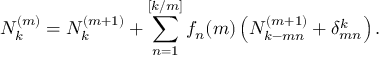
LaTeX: N _ { k } ^ { ( m ) } = N _ { k } ^ { ( m + 1 ) } + \sum _ { n = 1 } ^ { [ k / m ] } f _ { n } ( m ) \left( N _ { k - m n } ^ { ( m + 1 ) } + \delta _ { m n } ^ { k } \right) .